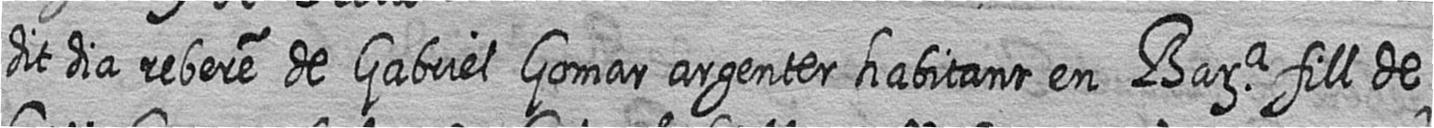
dit dia rebere de Gabriel Gomar argenter habitant en Bara fill de